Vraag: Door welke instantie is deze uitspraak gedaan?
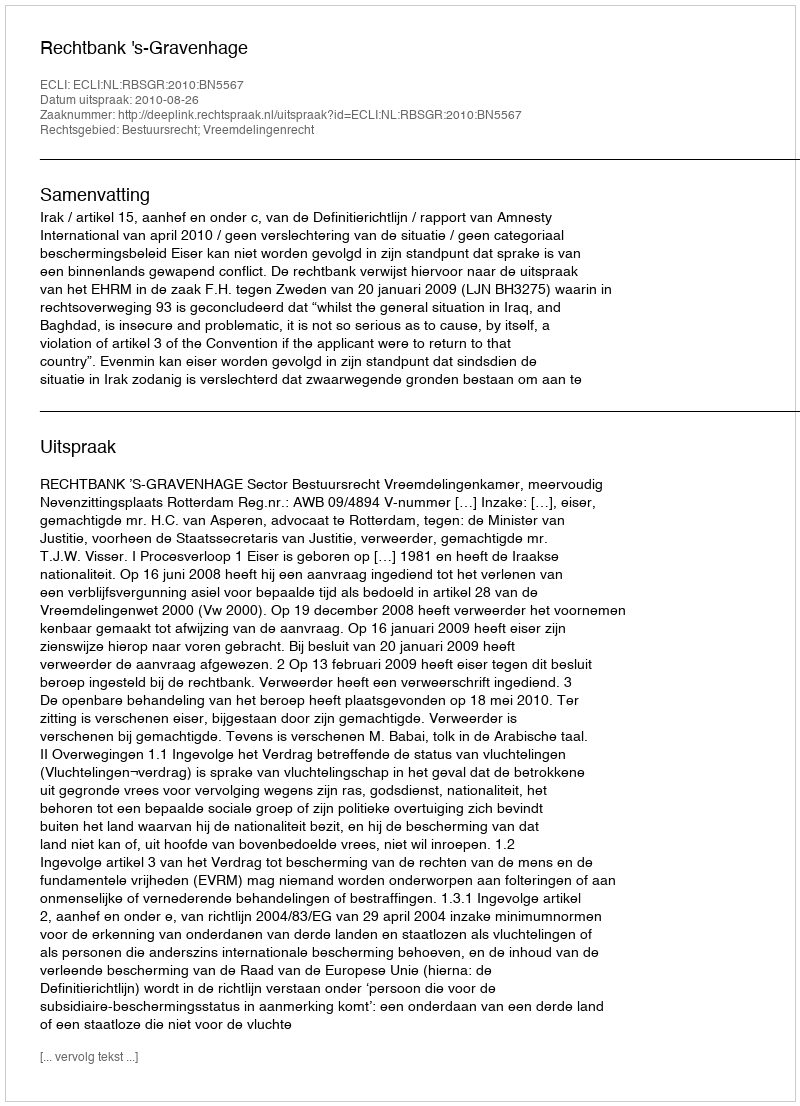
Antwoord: Rechtbank 's-Gravenhage